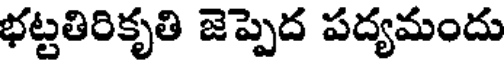
భట్టతిరికృతి జెప్పెద పద్యమందు